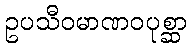
ဥပသီဝမာဏဝပုစ္ဆာ